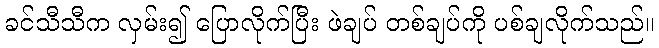
ခင်သီသီက လှမ်း၍ ပြောလိုက်ပြီး ဖဲချပ် တစ်ချပ်ကို ပစ်ချလိုက်သည်။